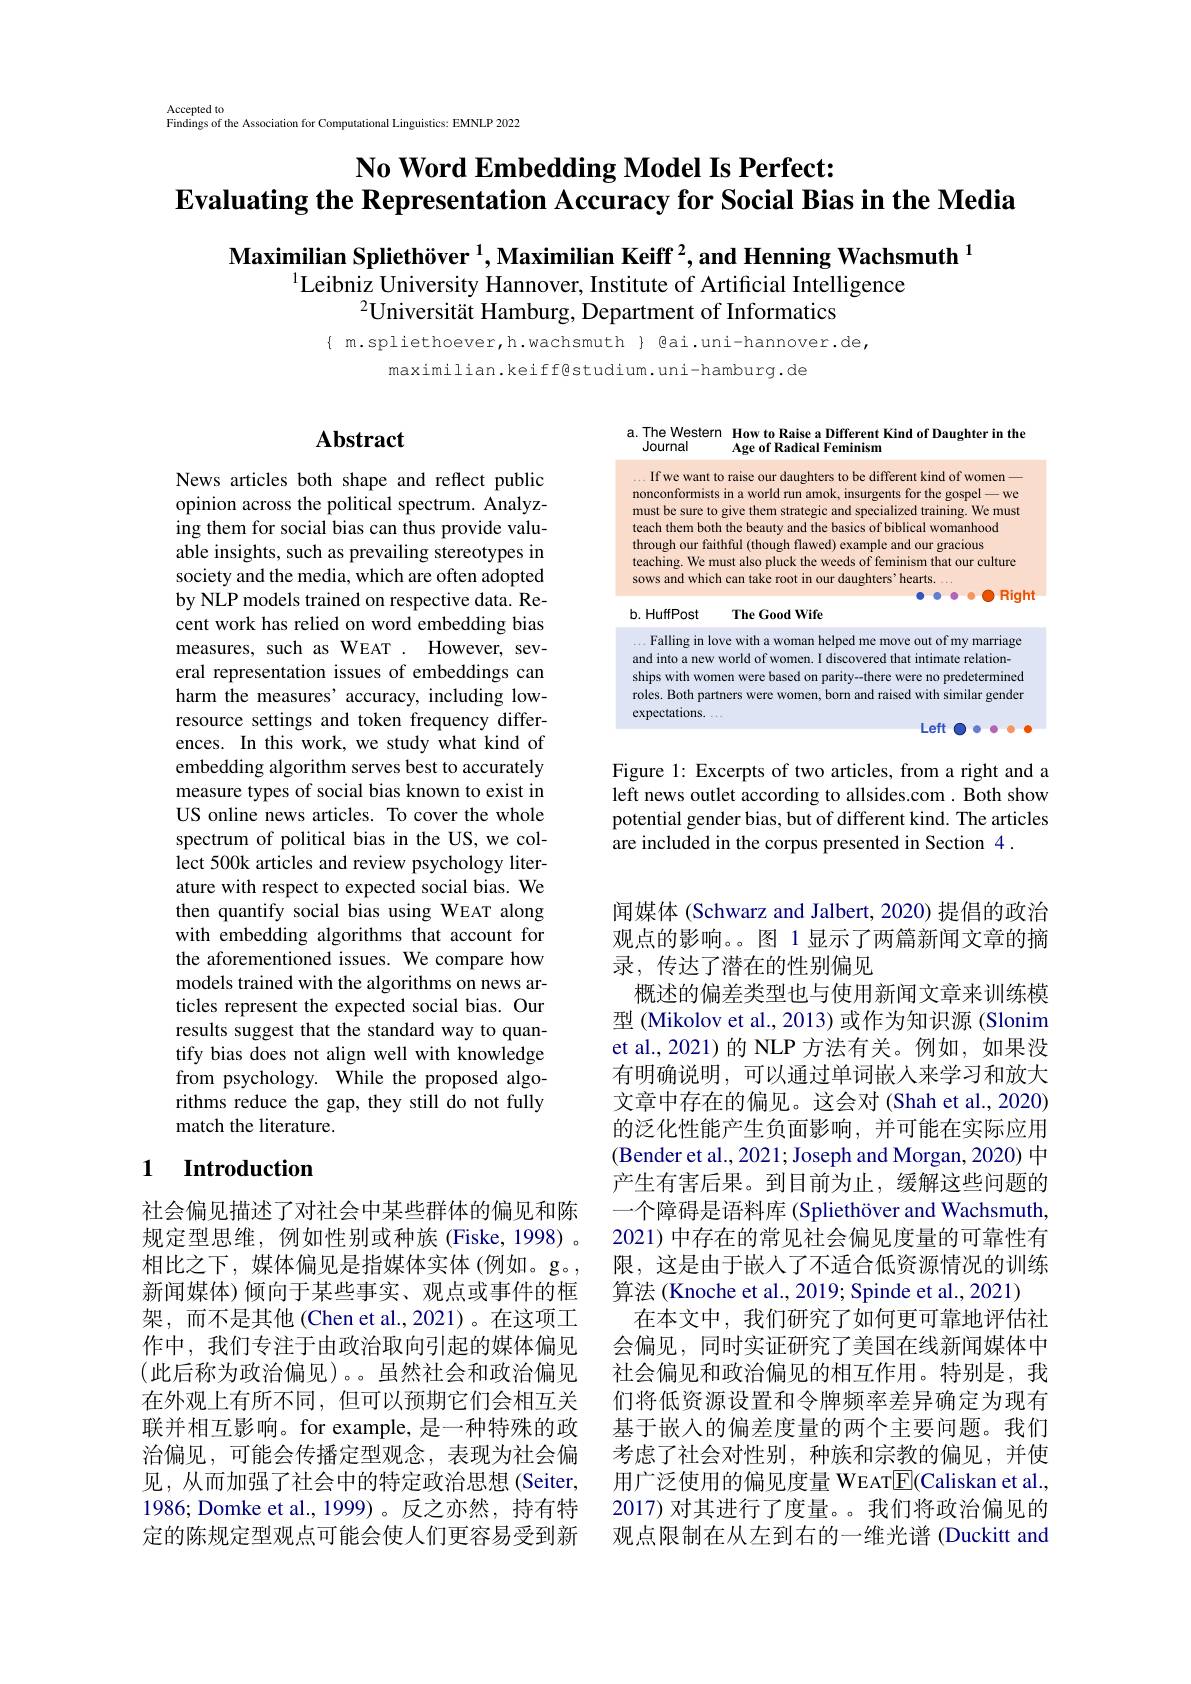
Accepted to
$\hat{\text{Findings of the Association for Computational Linguistics: EMNLP 2022}}$

# No Word Embedding Model Is Perfect: $\textbf{Evaluating the Representation Accuracy for Social Bias in the Media}$

Maximilian Spliethöver $^1,\text{Maximilian Keiff}^2$,and Henning Wachsmuth$^1$
$^{1}\dot{\text{Leibniz University Hannover, Institute of Artificial Intelligence}}$
$^{2}$Universität Hamburg, Department of Informatics

$\{ m.spliethoever,h.wachsmuth \} @ai.uni-hannover.de$,
maximilian.keiff@studium.uni-hamburg.de

## $\mathbf{Abstract}$

a.The Western How to Raise a Different Kind of Daughter in the
Journal
Age of Radical Feminism

.If we want to raise our daughters to be different kind of women nonconformists in a world run amok, insurgents for the gospel-we must be sure to give them strategic and specialized training. We must teach them both the beauty and the basics of biblical womanhood through our faithful (though flawed) example and our gracious
teaching. We must also pluck the weeds of feminism that our culture
sows and which can take root in our daughters' hearts.
$\bullet\bullet\bullet\bullet\bullet\bullet$Right

b. HuffPost

The Good Wife

...Falling in love with a woman helped me move out of my marriage

and into a new world of women. I discovered that intimate relation-

ships with women were based on parity--there were no predetermined

roles. Both partners were women, born and raised with similar gender

expectations.

Left O·····

News articles both shape and reflect public opinion across the political spectrum. Analyzing them for social bias can thus provide valuable insights, such as prevailing stereotypes in society and the media, which are often adopted by NLP models trained on respective data. Recent work has relied on word embedding bias measures, such as WEAT . However, several representation issues of embeddings can harm the measures' accuracy, including lowresource settings and token frequency differences. In this work, we study what kind of embedding algorithm serves best to accurately measure types of social bias known to exist in US online news articles. To cover the whole spectrum of political bias in the US, we collect 500k articles and review psychology literature with respect to expected social bias. We then quantify social bias using WEAT along with embedding algorithms that account for the aforementioned issues. We compare how models trained with the algorithms on news articles represent the expected social bias. Our results suggest that the standard way to quantify bias does not align well with knowledge from psychology. While the proposed algorithms reduce the gap, they still do not fully match the literature.

Figure 1: Excerpts of two articles, from a right and a left news outlet according to allsides.com . Both show potential gender bias, but of different kind. The articles are included in the corpus presented in Section 4 .

## 1 Introduction

闻媒体 (Schwarz and Jalbert, 2020) 提倡的政治观点的影响。。图 1 显示了两篇新闻文章的摘录，传达了潜在的性别偏见
概述的偏差类型也与使用新闻文章来训练模型 (Mikolov et al., 2013) 或作为知识源 (Slonim et al.,2021) 的 NLP 方法有关。例如，如果没有明确说明，可以通过单词嵌人来学习和放大文章中存在的偏见。这会对(Shah et al., 2020) 的泛化性能产生负面影响，并可能在实际应用(Bender et al., 2021; Joseph and Morgan, 2020) 中产生有害后果。到目前为止，缓解这些问题的一个障碍是语料库 (Spliethöver and Wachsmuth, 2021) 中存在的常见社会偏见度量的可靠性有限，这是由于嵌人了不适合低资源情况的训练算法 (Knoche et al., 2019; Spinde et al., 2021)
在本文中，我们研究了如何更可靠地评估社会偏见，同时实证研究了美国在线新闻媒体中社会偏见和政治偏见的相互作用。特别是，我们将低资源设置和令牌频率差异确定为现有基于嵌入的偏差度量的两个主要问题。我们考虑了社会对性别，种族和宗教的偏见，并使用广泛使用的偏见度量 WEAT$\underline{\mathrm{E}}($Caliskan et al., 2017) 对其进行了度量。。我们将政治偏见的观点限制在从左到右的一维光谱 (Duckitt and

社会偏见描述了对社会中某些群体的偏见和陈规定型思维，例如性别或种族(Fiske,1998)。相比之下，媒体偏见是指媒体实体(例如。g。新闻媒体)倾向于某些事实、观点或事件的框架，而不是其他(Chen et al.,2021)。在这项工作中，我们专注于由政治取向引起的媒体偏见(此后称为政治偏见)。。虽然社会和政治偏见在外观上有所不同，但可以预期它们会相互关联并相互影响。for example,是一种特殊的政治偏见，可能会传播定型观念，表现为社会偏见，从而加强了社会中的特定政治思想(Seiter, 1986; Domke et al., 1999)。反之亦然，持有特定的陈规定型观点可能会使人们更容易受到新